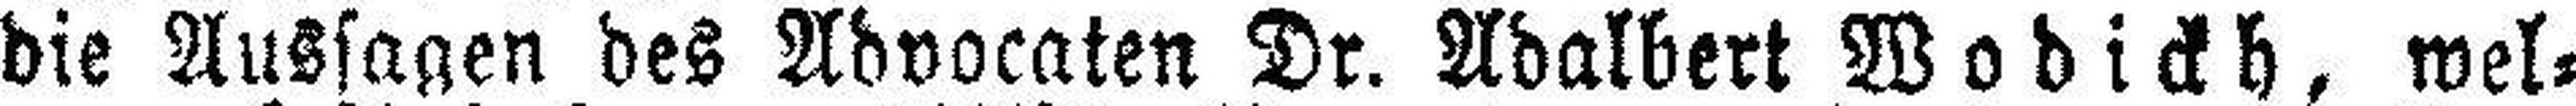
die Aussagen des Advocaten Dr. Adalbert Wodickh, wel¬